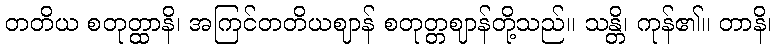
တတိယ စတုတ္ထာနိ၊ အကြင်တတိယဈာန် စတုတ္တဈာန်တို့သည်။ သန္တိ၊ ကုန်၏။ တာနိ၊